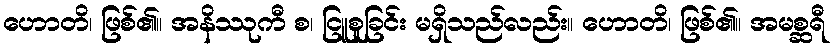
ဟောတိ၊ ဖြစ်၏။ အနိဿုကီ စ၊ ငြူစူခြင်း မရှိသည်လည်း။ ဟောတိ၊ ဖြစ်၏။ အမစ္ဆရီ